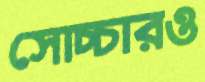
সোচ্চারও